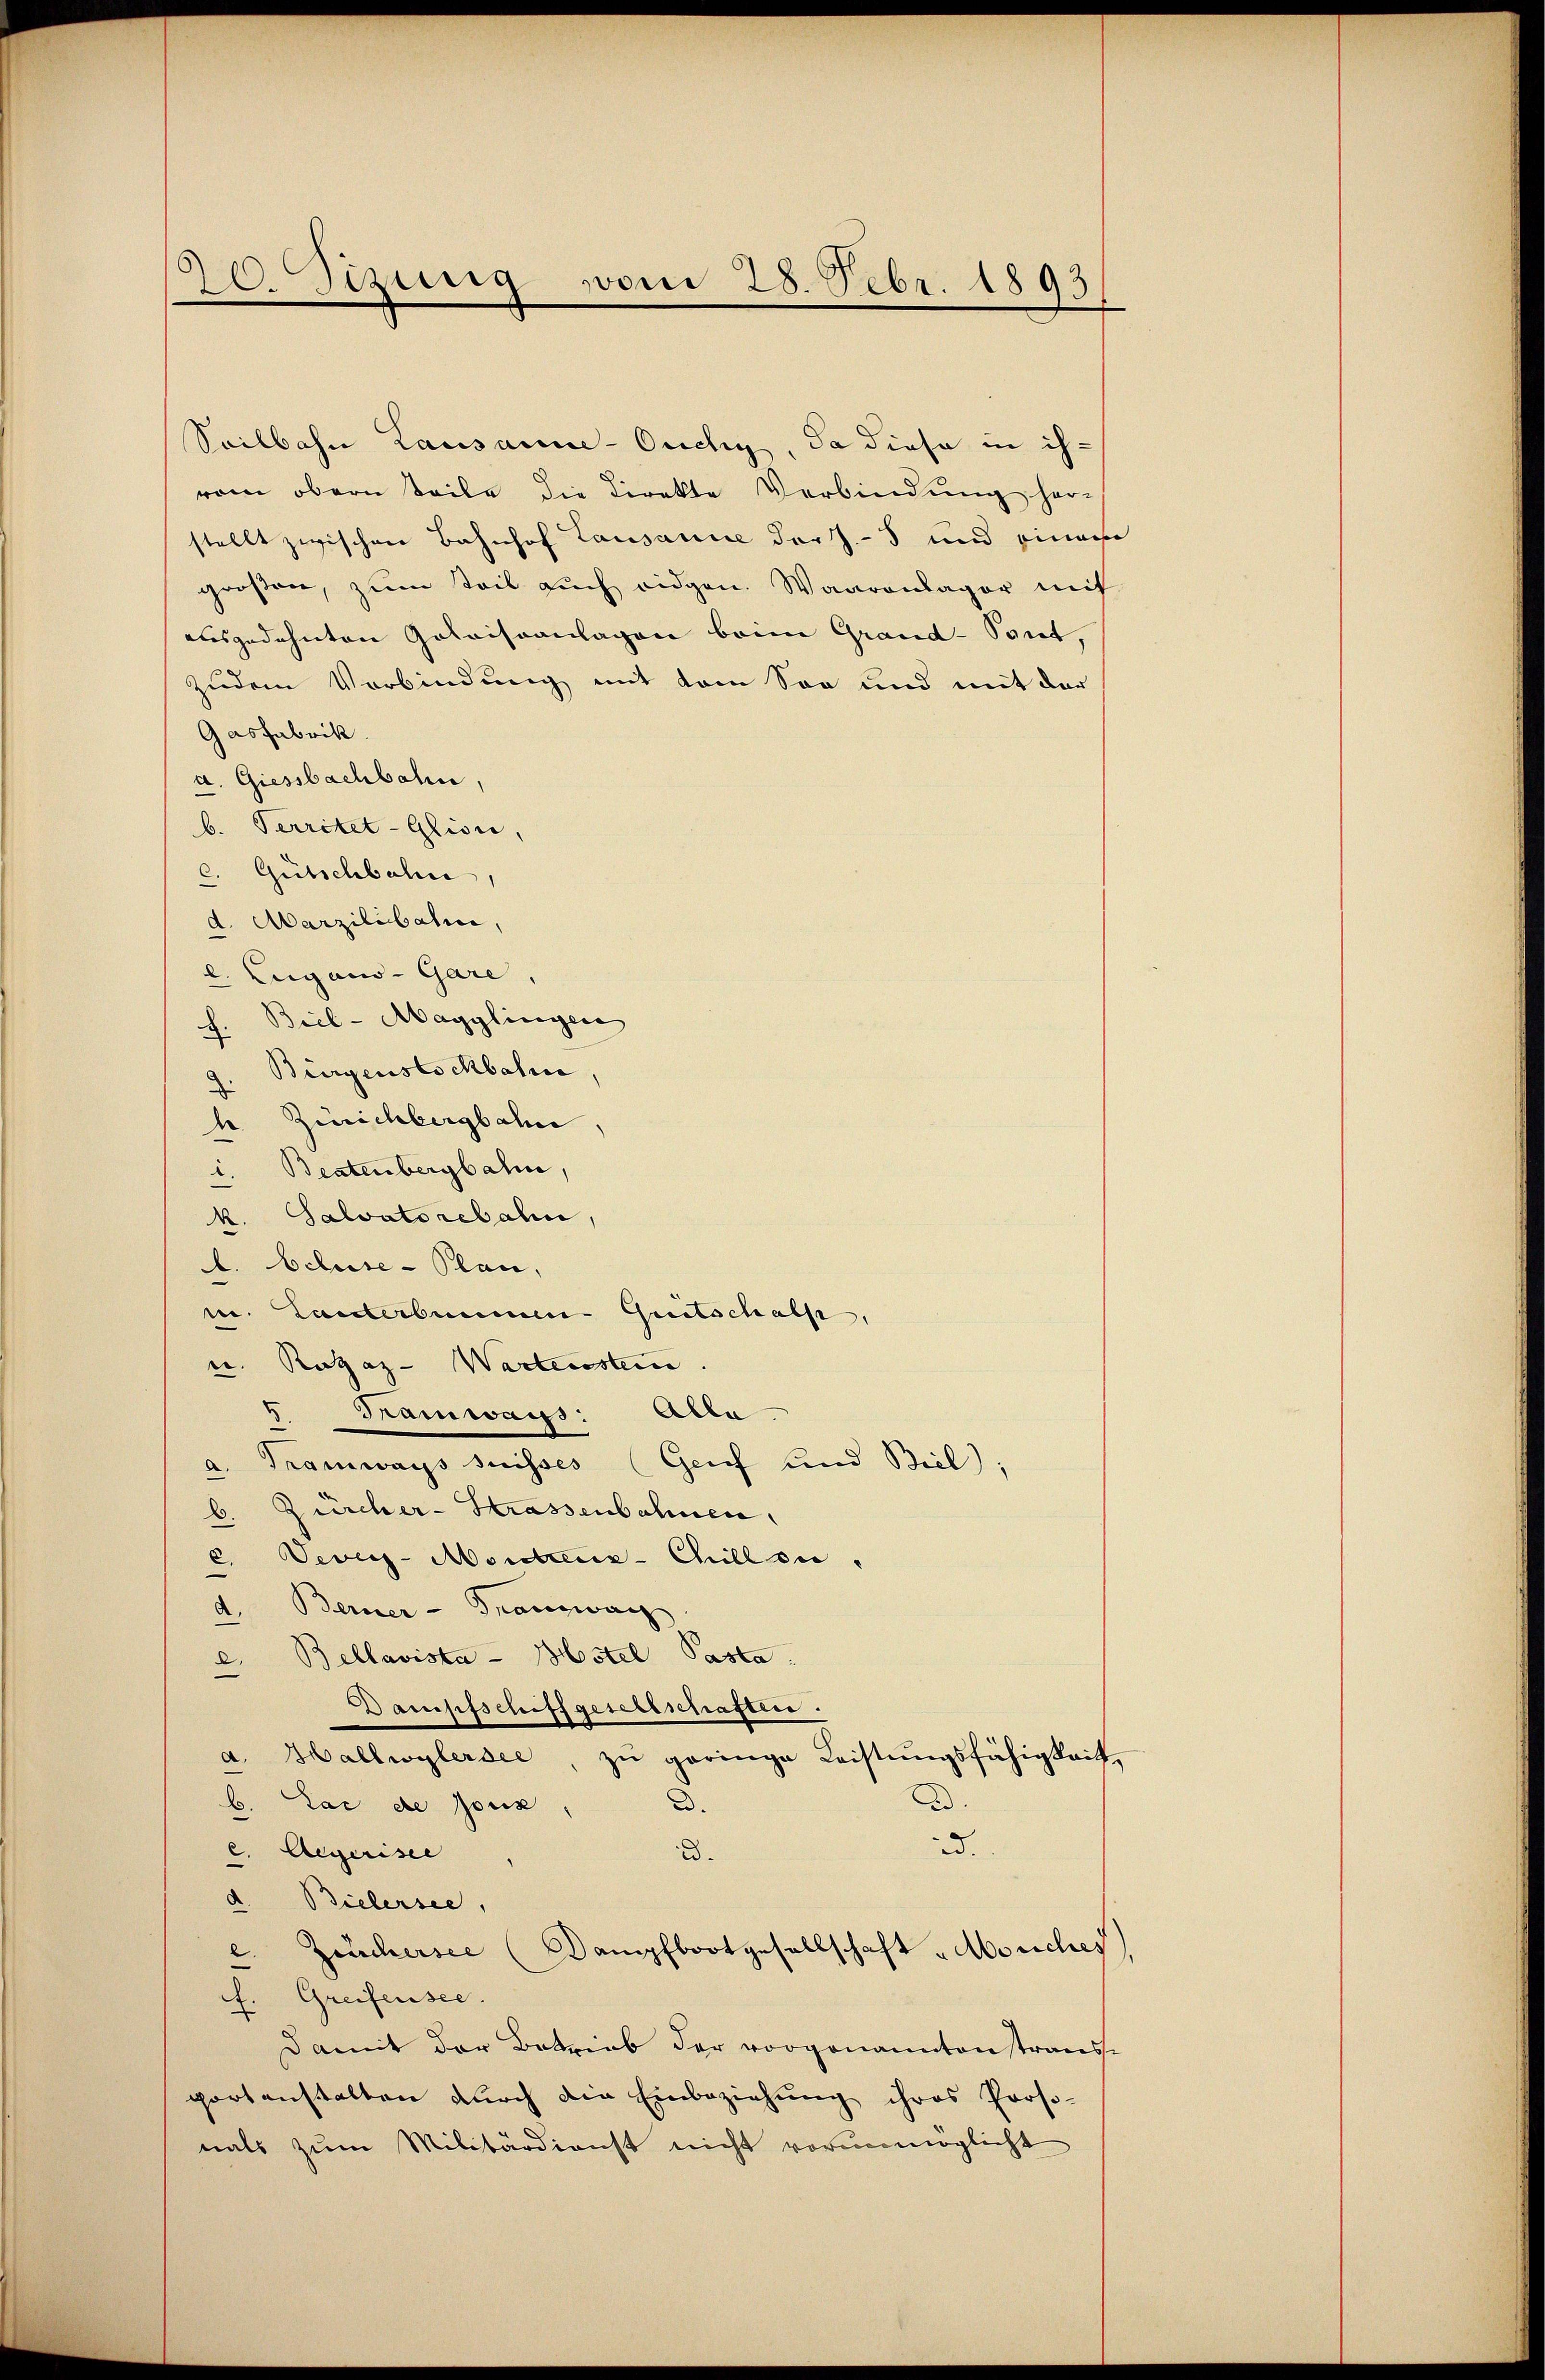
20. Sizung vom 28. Febr. 1893

Seilbahn Lausanne-Ouchy, da diese in ihvom obern Teile die Direkte Verbindung her-
stellt zwischen Bahnhof Lausanne der J.- und einem
großen, zum Teil auch eidgen. Waarenlager mit
ausgedehnten Golaissanlagen beim Grand-Port,
zudem Verbindung mit dem Son und mit der
Gasfabrik
a. Giessbachbahn,
b. Territet-Glisie,
c. Gütschbahn,
d. Marzilibahne,
2. Eugano-Gare
h. Biel-Magglingen
Bürgenstochbahre
 Zürichbergbahn
i. Beatenbergbahn,
k. Salvatorebahn
f. Schuse-Plan,
m. Lanterbummen Quetschals,
w. Rataz- Wartenstein
5.
Tramwaus: Alla.
a. Tramways suisses (Genf und Biel;
6. Zürcher-Strassenbahnen,
c. Vevey-Montanz-Chill sie
d. Berner - Transwan
e. Bellavista - Mustel Pasta
Dampfschiffgesellschaften.
a. Hallwylersee, zŭ geringe Leistŭngsfähigkeit,
D.
b. Lac de Joux
.
.
c. Aegerisce
D.
d. Bielersee,
Zinchersee Dampfbootgesellschaft „Moriches
f. Greifensee.
Damit der Betrieb der vorgenannten strausse
portanstalten dŭrch die Einbeziehŭng ihres Proso-
nals zum Militärdienst nicht vorunmöglicht